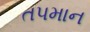
તપમાન